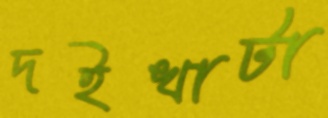
দইখাটা